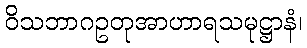
ဝိသဘာဂဥတုအာဟာရသမုဋ္ဌာနံ၊